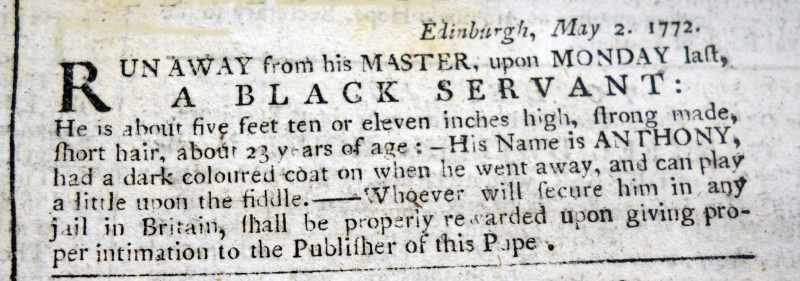
Edinburgh Evening Courant, 2 May 1772 (Scotland)
                                   Edinburgh, May 2. 1772.RUN AWAY from his MASTER, upon MONDAY last,A BLACK SERVANT:He is about five feet ten or eleven inches high, strong made, short hair, about 23 years of age:- His Name is ANTHONY, had a dark coloured coat on when he went away, and can play a little upon the fiddle. - Whoever will secure him in any jail in Britain, shall be properly rewarded upon giving proper intimation to the Publisher of this Paper.